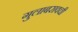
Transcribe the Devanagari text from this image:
गुलाबरावची